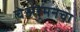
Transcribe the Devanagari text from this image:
चेअरमनचा